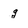
Character: g